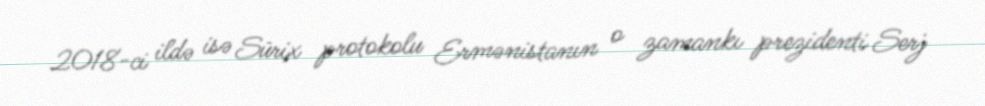
2018-ci ildə isə Sürix protokolu Ermənistanın o zamankı prezidenti Serj